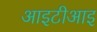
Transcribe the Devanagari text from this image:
आइटीआइ